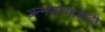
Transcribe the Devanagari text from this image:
अन्नपाण्याचाही